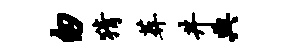
匆猜葬井典